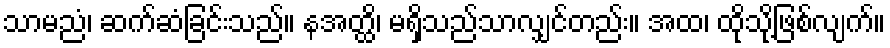
သာမညံ၊ ဆက်ဆံခြင်းသည်။ နအတ္ထိ၊ မရှိသည်သာလျှင်တည်း။ အထ၊ ထိုသို့ဖြစ်လျက်။